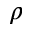
\rho